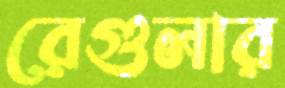
রেগুলার